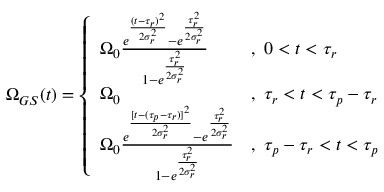
\Omega _ { G S } ( t ) = \left\{ \begin{array} { l l } { \Omega _ { 0 } \frac { e ^ { \frac { ( t - \tau _ { r } ) ^ { 2 } } { 2 \sigma _ { r } ^ { 2 } } } - e ^ { \frac { \tau _ { r } ^ { 2 } } { 2 \sigma _ { r } ^ { 2 } } } } { 1 - e ^ { \frac { \tau _ { r } ^ { 2 } } { 2 \sigma _ { r } ^ { 2 } } } } } & { , \; 0 < t < \tau _ { r } } \\ { \Omega _ { 0 } } & { , \; \tau _ { r } < t < \tau _ { p } - \tau _ { r } } \\ { \Omega _ { 0 } \frac { e ^ { \frac { [ t - ( \tau _ { p } - \tau _ { r } ) ] ^ { 2 } } { 2 \sigma _ { r } ^ { 2 } } } - e ^ { \frac { \tau _ { r } ^ { 2 } } { 2 \sigma _ { r } ^ { 2 } } } } { 1 - e ^ { \frac { \tau _ { r } ^ { 2 } } { 2 \sigma _ { r } ^ { 2 } } } } } & { , \; \tau _ { p } - \tau _ { r } < t < \tau _ { p } } \end{array} \right.